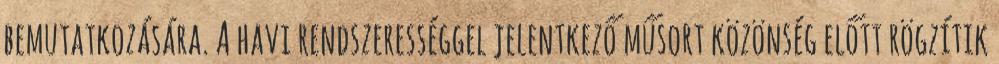
bemutatkozására. A havi rendszerességgel jelentkező műsort közönség előtt rögzítik